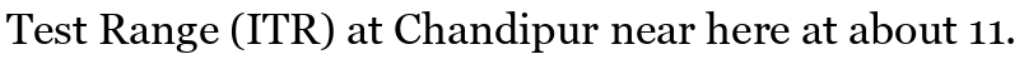
Test Range (ITR) at Chandipur near here at about 11.